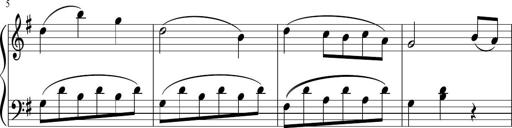
Title: 3 Sonatinen
Composer: Heinrich Lichner